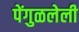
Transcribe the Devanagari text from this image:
पेंगुळलेली